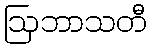
ဩဘာသတီ